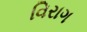
વિરાગ